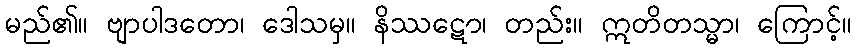
မည်၏။ ဗျာပါဒတော၊ ဒေါသမှ။ နိဿဋော၊ တည်း။ ဣတိတသ္မာ၊ ကြောင့်။